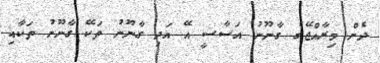
ދެން މިރާއްޖޭގެ ގާނޫނު އަސާސީ އޭ އަދި ގާނޫނު ތަކޭ ގާނޫނު ތަކާއި